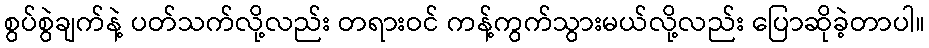
စွပ်စွဲချက်နဲ့ ပတ်သက်လို့လည်း တရားဝင် ကန့်ကွက်သွားမယ်လို့လည်း ပြောဆိုခဲ့တာပါ။